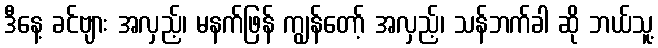
ဒီနေ့ ခင်ဗျား အလှည့်၊ မနက်ဖြန် ကျွန်တော့် အလှည့်၊ သန်ဘက်ခါ ဆို ဘယ်သူ့